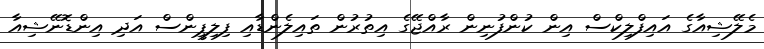
މެލޭޝިއާގެ އައިފްލިކްސް އިން ކުންފުނިން ރާއްޖޭގެ އިތުރުން ތައިލެންޑާއި ފިލިޕީންސް އަދި އިންޑޮނޭޝިއާ